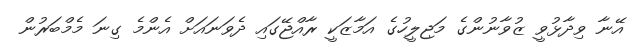
އޭނާ ވިދާޅުވީ ޒުވާނުންގެ މަޖިލީހުގެ އަމާޒަކީ ރާއްޖޭގައި ދެވަނައަށް އެންމެ ގިނަ މެމްބަރުން